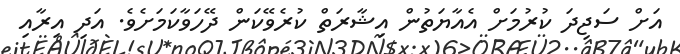
އަށް ސަޖިދަ ކުރުމަށް އެއާޔަތުން އިޝާރަތް ކުރެވޭކަން ދޭހަވާކަމަށެވެ. އަދި އިރާއި